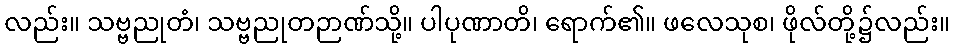
လည်း။ သဗ္ဗညုတံ၊ သဗ္ဗညုတဉာဏ်သို့။ ပါပုဏာတိ၊ ရောက်၏။ ဖလေသုစ၊ ဖိုလ်တို့၌လည်း။